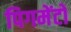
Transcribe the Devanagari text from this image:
पिगमेंटो